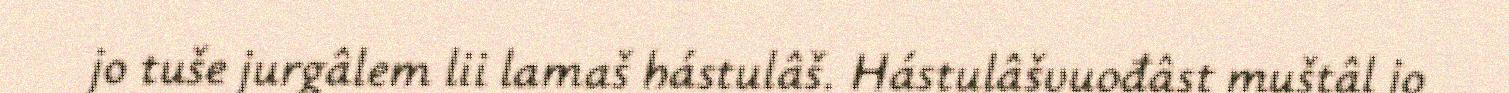
jo tuše jurgâlem lii lamaš hástulâš. Hástulâšvuođâst muštâl jo